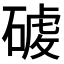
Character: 𮀸